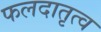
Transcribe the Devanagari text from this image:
फलदातृत्व